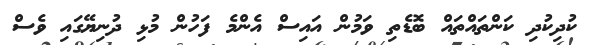
ކުދިކުދި ކަންތައްތައް ބޮޑެތި ވަމުން އައިސް އެންމެ ފަހުން މުޅި ދުނިޔޭގައި ވެސް